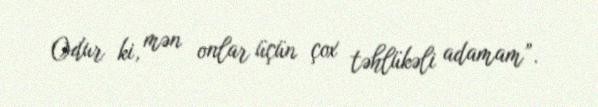
Odur ki, mən onlar üçün çox təhlükəli adamam”.